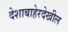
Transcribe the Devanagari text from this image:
देशाबाहेरदेखील